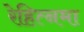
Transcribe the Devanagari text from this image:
रेहित्नमा